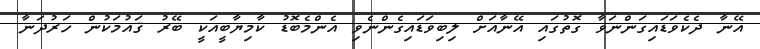
އޭނާ ދެކެވަޑައިގަންނަވާ ގޮތުގައި އޭނާއަށް ލިބިވަޑައިގެންނެވި އެންމެބޮޑު ކާމިޔާބީއަކީ ބޭރު ޤައުމަކުން ހަރުދަނާ